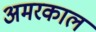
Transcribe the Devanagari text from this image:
अमरकाल